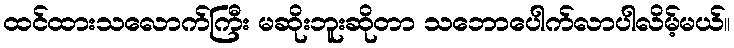
ထင်ထားသလောက်ကြီး မဆိုးဘူးဆိုတာ သဘောပေါက်လာပါလိမ့်မယ်။